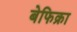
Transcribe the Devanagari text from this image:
बेफिक्रा